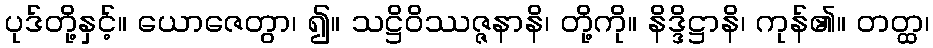
ပုဒ်တို့နှင့်။ ယောဇေတွာ၊ ၍။ သဋ္ဌိဝိဿဇ္ဇနာနိ၊ တို့ကို။ နိဒ္ဒိဋ္ဌာနိ၊ ကုန်၏။ တတ္ထ၊